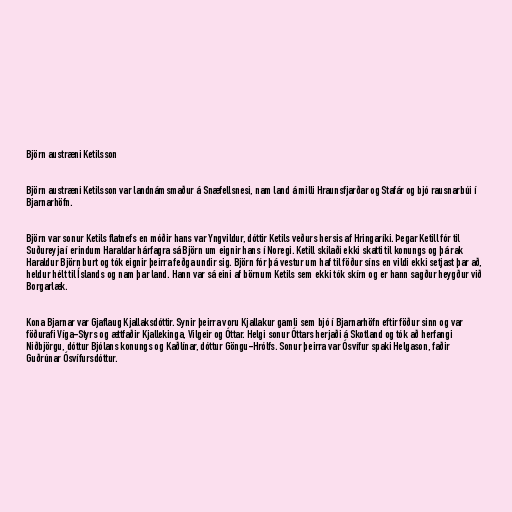
Björn austræni Ketilsson

Björn austræni Ketilsson var landnámsmaður á Snæfellsnesi, nam land á milli Hraunsfjarðar og Stafár og bjó rausnarbúi í
Bjarnarhöfn.

Björn var sonur Ketils flatnefs en móðir hans var Yngvildur, dóttir Ketils veðurs hersis af Hringaríki. Þegar Ketill fór til
Suðureyja í erindum Haraldar hárfagra sá Björn um eignir hans í Noregi. Ketill skilaði ekki skatti til konungs og þá rak
Haraldur Björn burt og tók eignir þeirra feðga undir sig. Björn fór þá vestur um haf til föður síns en vildi ekki setjast þar að,
heldur hélt til Íslands og nam þar land. Hann var sá eini af börnum Ketils sem ekki tók skírn og er hann sagður heygður við
Borgarlæk.

Kona Bjarnar var Gjaflaug Kjallaksdóttir. Synir þeirra voru Kjallakur gamli sem bjó í Bjarnarhöfn eftir föður sinn og var
föðurafi Víga-Styrs og ættfaðir Kjallekinga, Vilgeir og Óttar. Helgi sonur Óttars herjaði á Skotland og tók að herfangi
Niðbjörgu, dóttur Bjólans konungs og Kaðlínar, dóttur Göngu-Hrólfs. Sonur þeirra var Ósvífur spaki Helgason, faðir
Guðrúnar Ósvífursdóttur.